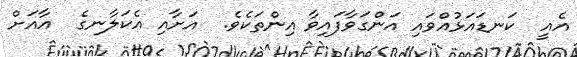
އެއީ  ކަނޑައަޅުއްވައި އަންގަވާފައިވާ އިންތަކެވެ.  އަށާއި އެކަލާނގެ  އާއަށް